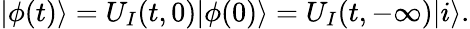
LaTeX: |\phi(t)\rangle=U_{I}(t,0)|\phi(0)\rangle=U_{I}(t,-\infty)|i\rangle.